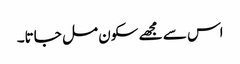
اس سے مجھے سکون مل جاتا۔